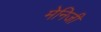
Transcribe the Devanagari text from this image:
मेनिजी